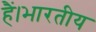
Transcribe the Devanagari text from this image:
हैं।भारतीय